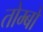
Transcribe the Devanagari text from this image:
तोम्बो